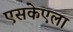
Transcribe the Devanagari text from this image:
एसकेएला